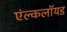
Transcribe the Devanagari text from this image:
एंल्कलॉयड